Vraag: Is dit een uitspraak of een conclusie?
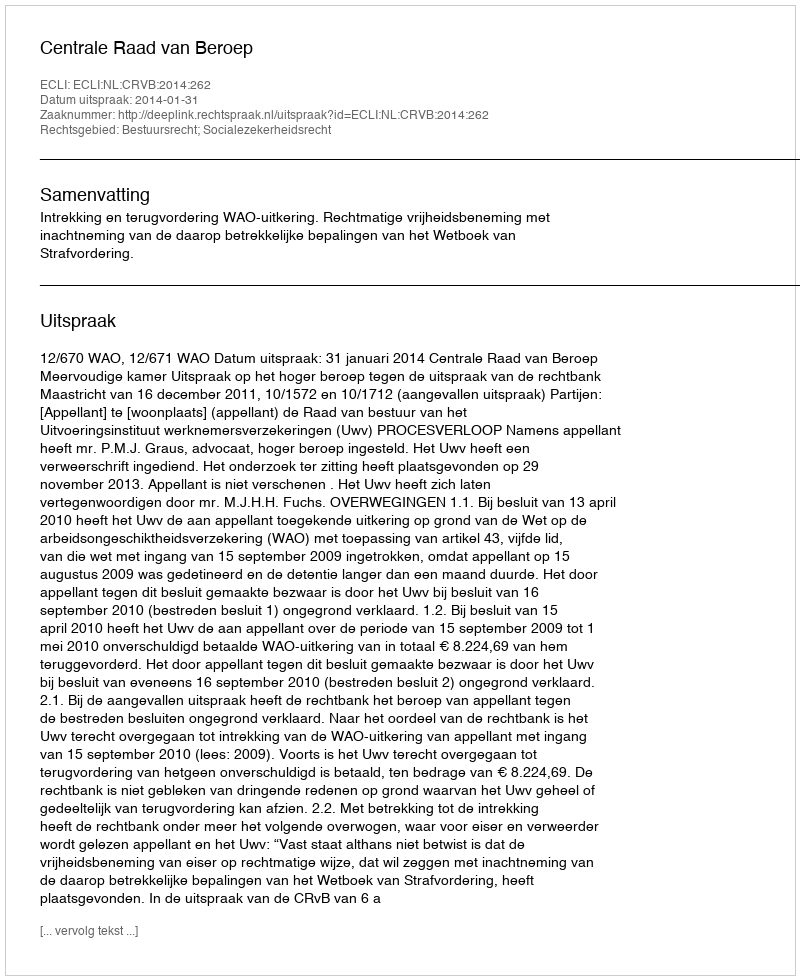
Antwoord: Uitspraak